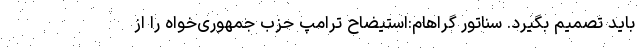
باید تصمیم بگیرد. سناتور گراهام:استیضاح ترامپ حزب جمهوری‌خواه را از